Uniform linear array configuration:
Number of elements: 24
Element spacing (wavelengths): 0.5
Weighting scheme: blackman
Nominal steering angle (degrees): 15
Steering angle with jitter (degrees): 15.202
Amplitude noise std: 0.05
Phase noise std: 0.05

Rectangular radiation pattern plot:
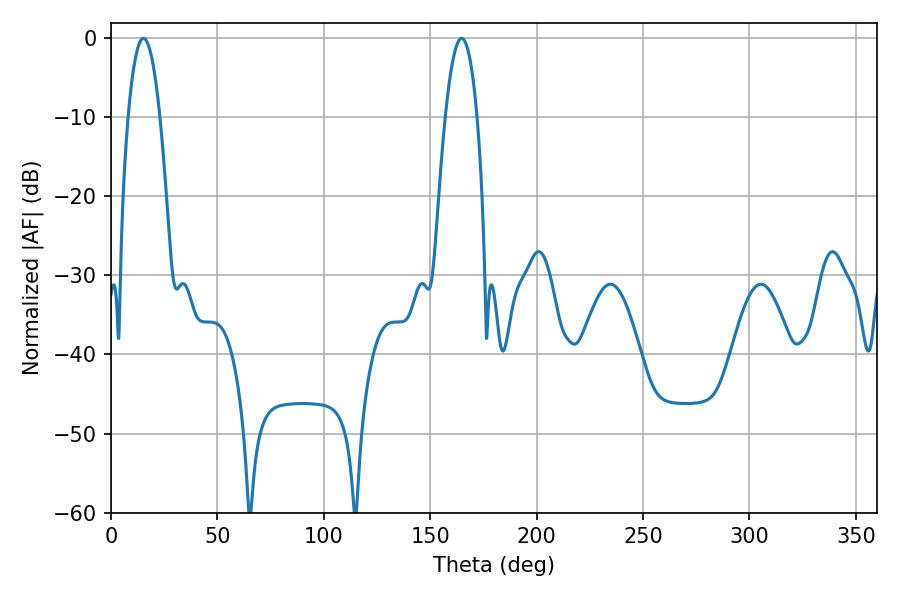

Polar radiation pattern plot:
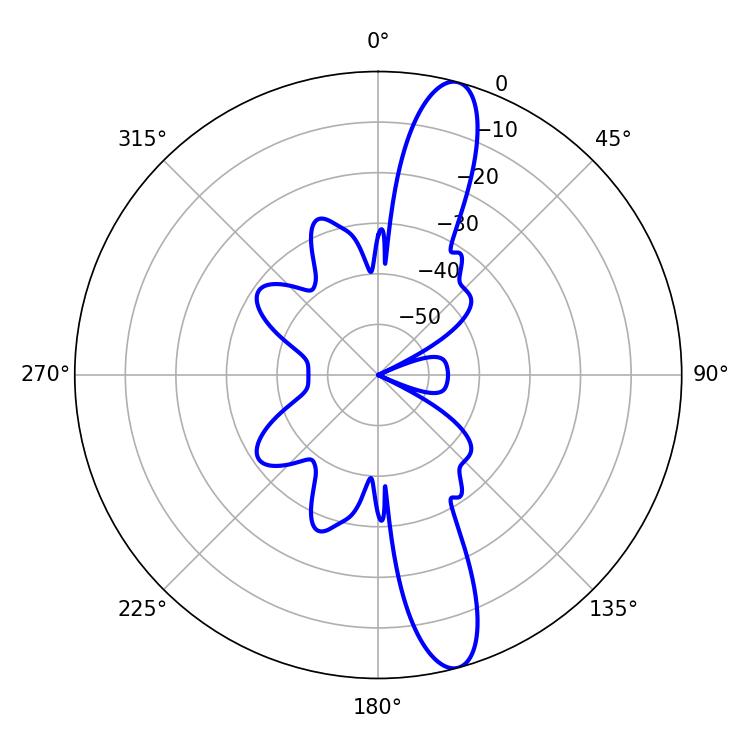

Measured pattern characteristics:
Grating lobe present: FALSE
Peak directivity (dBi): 13.897
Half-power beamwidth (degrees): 8.28
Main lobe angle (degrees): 15.3